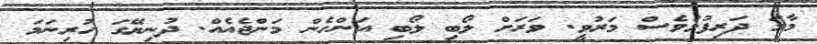
މާމަ ދަރިފުޅުވެސް މަރުވީ. ވަރަށް ލޯބި ލޯބި އަންހެން މަންޖެއެއް. ދުނިޔޭގަ ހުރިނަމަ